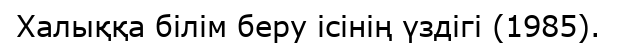
Халыққа білім беру ісінің үздігі (1985).